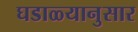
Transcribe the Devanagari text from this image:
घडाळ्यानुसार